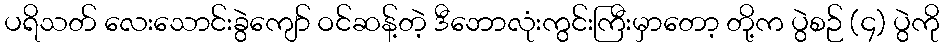
ပရိသတ် လေးသောင်းခွဲကျော် ဝင်ဆန့်တဲ့ ဒီဘောလုံးကွင်းကြီးမှာတော့ တို့က ပွဲစဉ် (၄) ပွဲကို